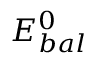
E _ { b a l } ^ { 0 }